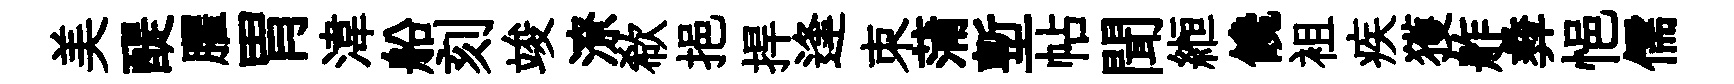
美醍臞胃湋船刻竣潦欷挹捍逢朿蒲塹帖聞縆饞袓疾獲舴彜悒儒